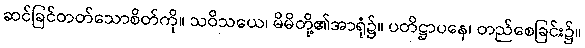
ဆင်ခြင်တတ်သောစိတ်ကို။ သဝိသယေ၊ မိမိတို့၏အာရုံ၌။ ပတိဋ္ဌာပနေ၊ တည်စေခြင်း၌။